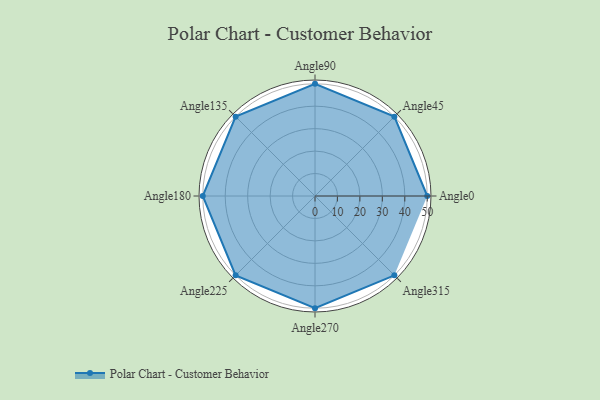
{"axis": {"x": "Angle", "y": "Radius"}, "legend": [""], "data": [{"x": "Angle0", "y": 50, "type": ""}, {"x": "Angle45", "y": 50, "type": ""}, {"x": "Angle90", "y": 50, "type": ""}, {"x": "Angle135", "y": 50, "type": ""}, {"x": "Angle180", "y": 50, "type": ""}, {"x": "Angle225", "y": 50, "type": ""}, {"x": "Angle270", "y": 50, "type": ""}, {"x": "Angle315", "y": 50, "type": ""}]}